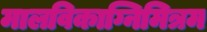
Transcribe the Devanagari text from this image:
मालविकाग्निमित्रम